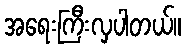
အရေးကြီးလှပါတယ်။